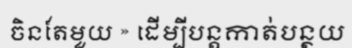
ចិនតែមួយ » ដើម្បីបន្តកាត់បន្ថយ